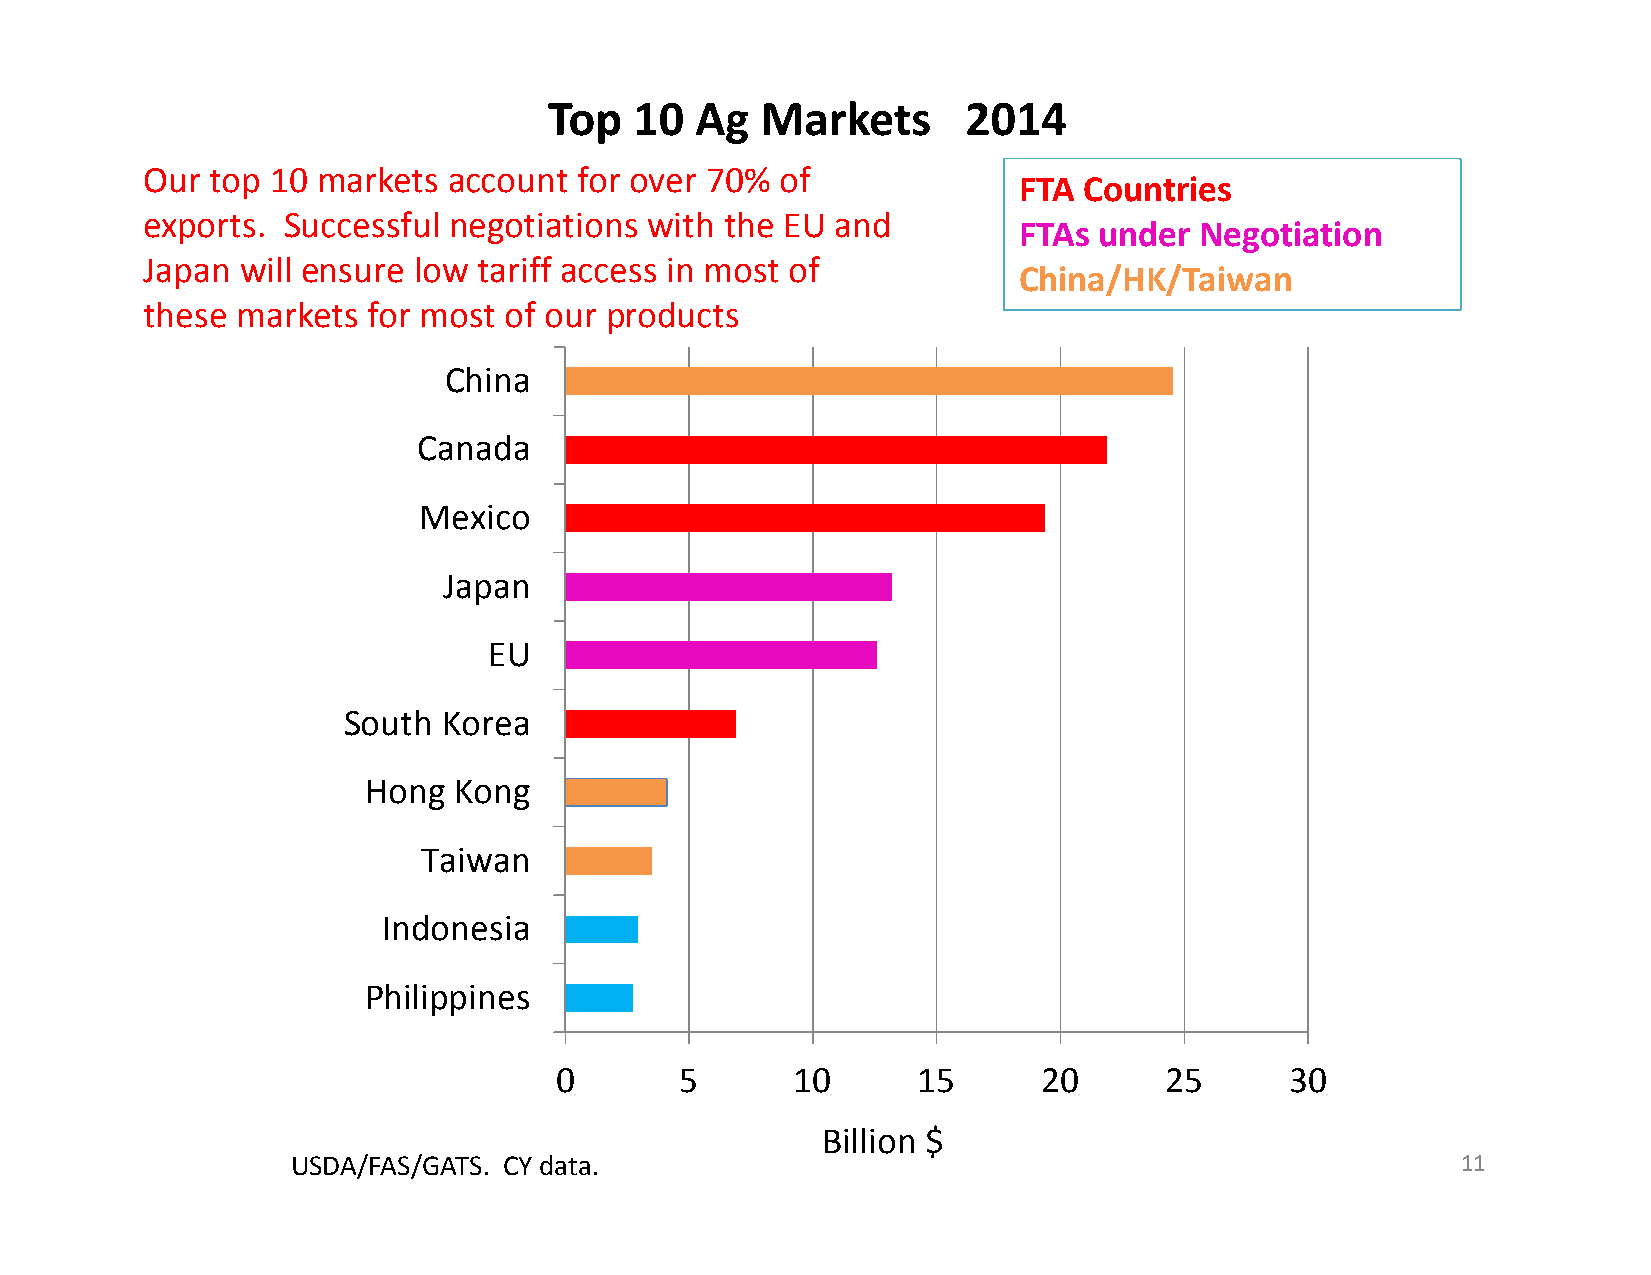
Top   10  Ag  Markets       2014
 Our  top 10 markets  account for over 70%  of
 FTA  Countries
 exports.  Successful negotiations with the EU and
 FTAs  under Negotiation
 Japan  will ensure low tariff access in most of
 China/HK/Taiwan
 these  markets for most of our products
 China
 Canada
 Mexico
 Japan
 EU
 South Korea
 Hong  Kong
 Taiwan
 Indonesia
 Philippines
 0       5       10      15      20      25      30
 Billion $
 USDA/FAS/GATS. CY data.                                                       11